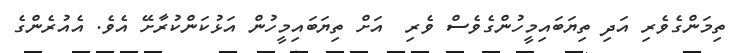
ތިމަންގެވެރި އަދި ތިޔަބައިމީހުންގެވެސް ވެރި  އަށް ތިޔަބައިމީހުން އަޅުކަންކުރާށޭ އެވެ. އެއުރެންގެ